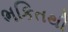
ભકિતથી